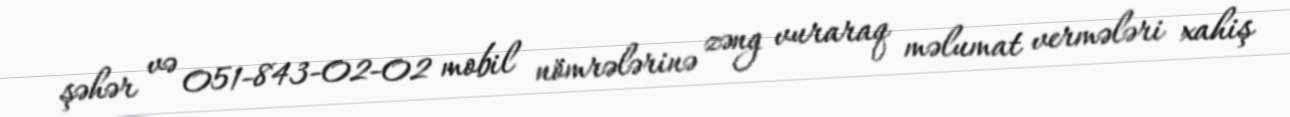
şəhər və 051-843-02-02 mobil nömrələrinə zəng vuraraq məlumat vermələri xahiş